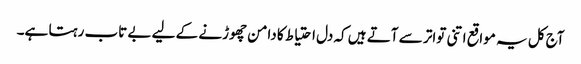
آج کل یہ مواقع اتنی تواتر سے آتے ہیں کہ دل احتیاط کا دامن چھوڑنے کے لیے بے تاب رہتا ہے۔